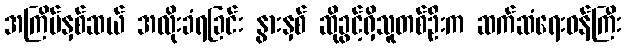
အကြိမ်နှစ်ဆယ် အလိုးခံရခြင်း နွားနှစ် ဆိုခွင့်ရှိသူတစ်ဦးက ဆက်ဆံရေးဝန်ကြီး